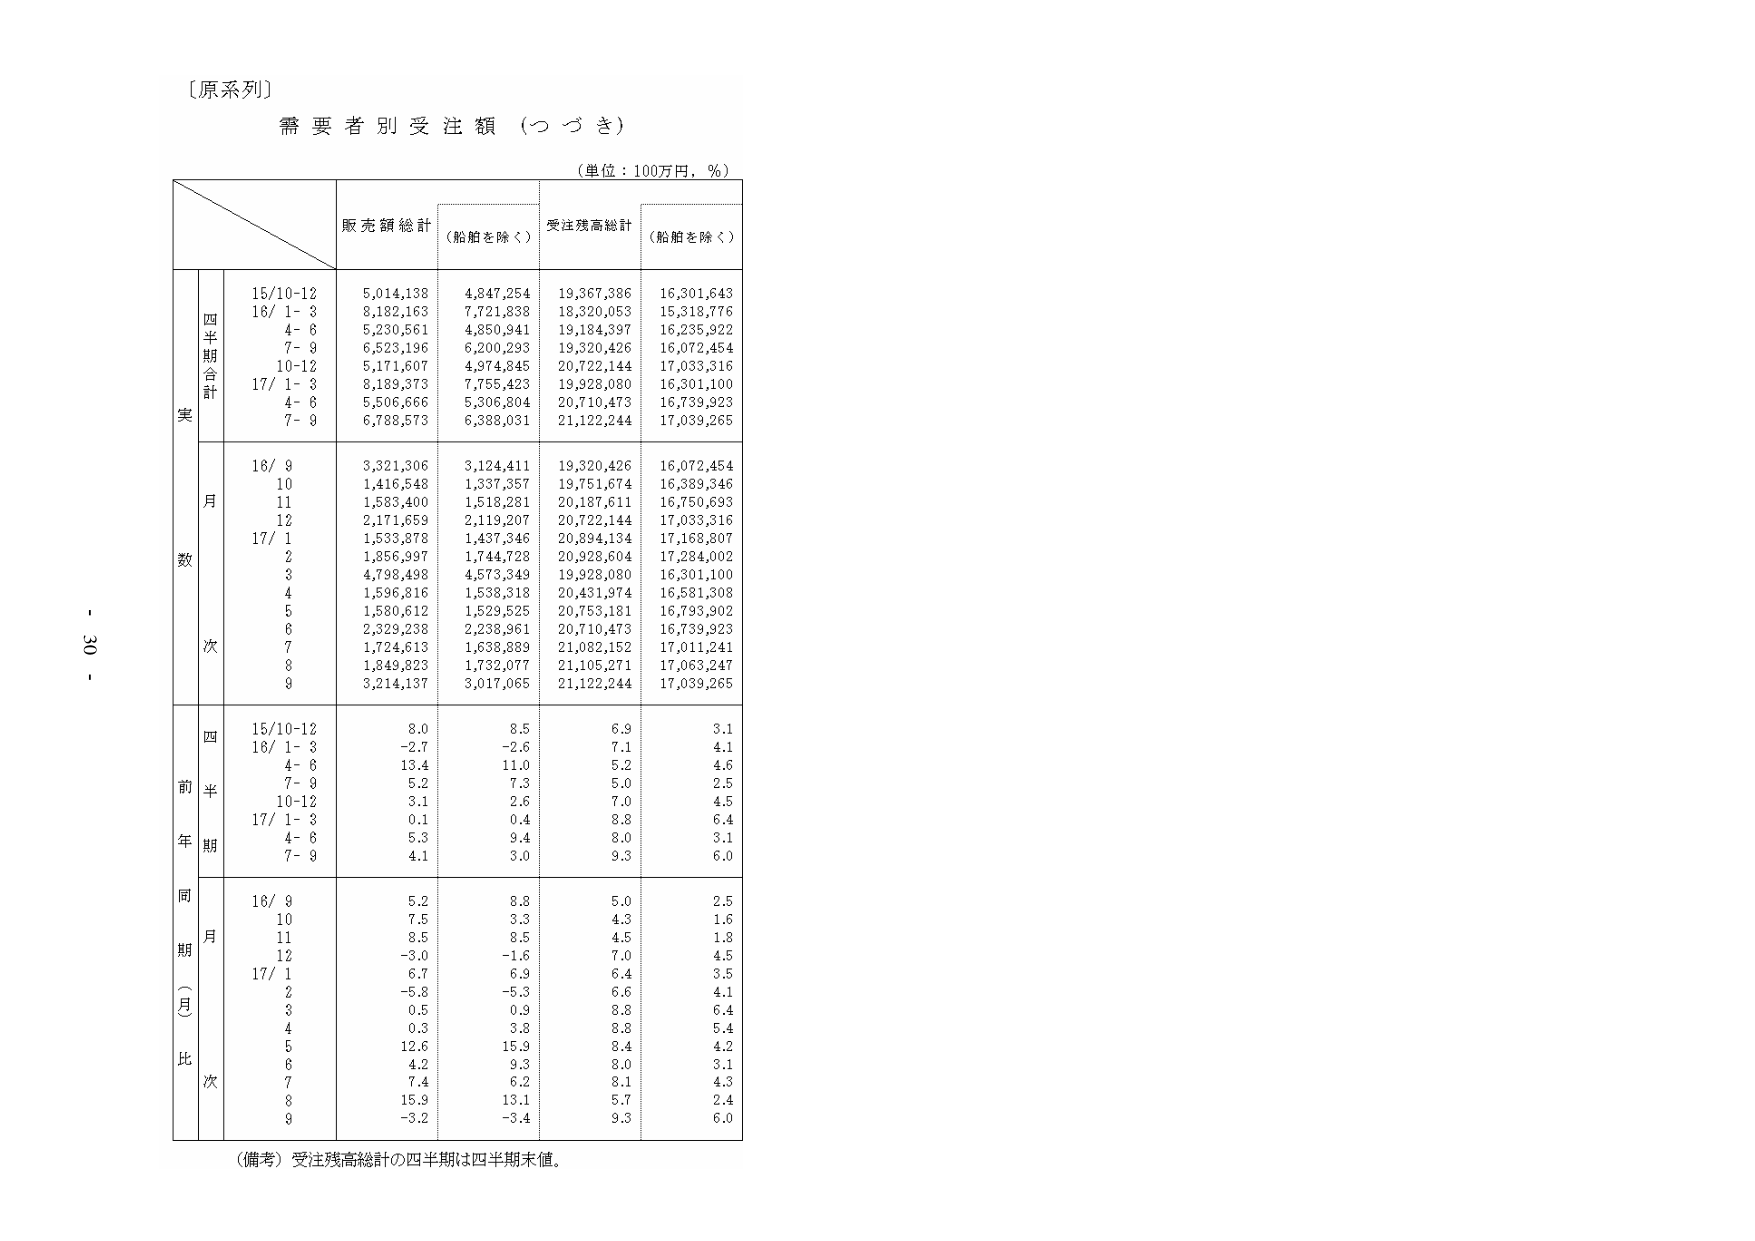
〔原系列〕
需要者別受注額（つづき）
（単位：100万円，％）
販売額総計
（船舶を除く）
受注残高総計
（船舶を除く）
四半期合計
15/10-12
5,014,138
4,847,254
19,367,386
16,301,643
16/ 1- 3
8,182,163
7,721,838
18,320,053
15,318,776
4- 6
5,230,561
4,850,941
19,184,397
16,235,922
7- 9
6,523,196
6,200,293
19,320,426
16,072,454
10-12
5,171,607
4,974,845
20,722,144
17,033,316
17/ 1- 3
8,189,373
7,755,423
19,928,080
16,301,100
4- 6
5,506,666
5,306,804
20,710,473
16,739,923
7- 9
6,788,573
6,388,031
21,122,244
17,039,265
月数
16/ 9
3,321,306
3,124,411
19,320,426
16,072,454
10
1,416,548
1,337,357
19,751,674
16,389,346
11
1,583,400
1,518,281
20,187,611
16,750,693
12
2,171,659
2,119,207
20,722,144
17,033,316
17/ 1
1,533,878
1,437,346
20,894,134
17,168,807
2
1,856,997
1,744,728
20,928,604
17,284,002
3
4,798,498
4,573,349
19,928,080
16,301,100
4
1,596,816
1,538,318
20,431,974
16,581,308
5
1,580,612
1,529,525
20,753,181
16,793,902
6
2,329,238
2,238,961
20,710,473
16,739,923
7
1,724,613
1,638,889
21,082,152
17,011,241
8
1,849,823
1,732,077
21,105,271
17,063,247
9
3,214,137
3,017,065
21,122,244
17,039,265
前年同期比
四半期
15/10-12
8.0
8.5
6.9
3.1
16/ 1- 3
-2.7
-2.6
7.1
4.1
4- 6
13.4
11.0
5.2
4.6
7- 9
5.2
7.3
5.0
2.5
10-12
3.1
2.6
7.0
4.5
17/ 1- 3
0.1
0.4
8.8
6.4
4- 6
5.3
9.4
8.0
3.1
7- 9
4.1
3.0
9.3
6.0
同期（月）比
16/ 9
5.2
8.8
5.0
2.5
10
7.5
3.3
4.3
1.6
11
8.5
8.5
4.5
1.8
12
-3.0
-1.6
7.0
4.5
17/ 1
6.7
6.9
6.4
3.5
2
-5.8
-5.3
6.6
4.1
3
0.5
0.9
8.8
6.4
4
0.3
3.8
8.8
5.4
5
12.6
15.9
8.4
4.2
6
4.2
9.3
8.0
3.1
7
7.4
6.2
8.1
4.3
8
15.9
13.1
5.7
2.4
9
-3.2
-3.4
9.3
6.0
（備考）受注残高総計の四半期は四半期末値。
- 30 -